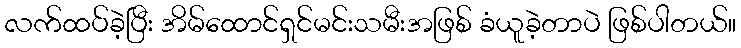
လက်ထပ်ခဲ့ပြီး အိမ်ထောင်ရှင်မင်းသမီးအဖြစ် ခံယူခဲ့တာပဲ ဖြစ်ပါတယ်။